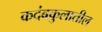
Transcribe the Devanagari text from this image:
कदंबकुलातील